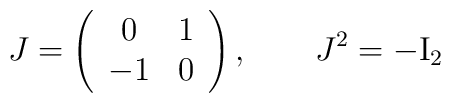
J= \left( \begin{array}{cc} 0 & 1 \\-1 & 0\end{array} \right) , \qquad J^2 = - {\rm I}_2